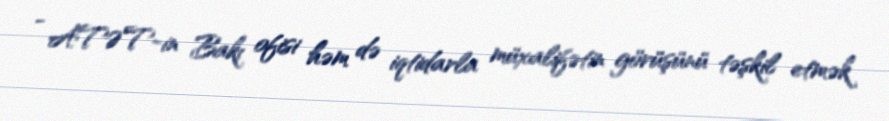
- ATƏT-in Bakı ofisi həm də iqtidarla müxalifətin görüşünü təşkil etmək